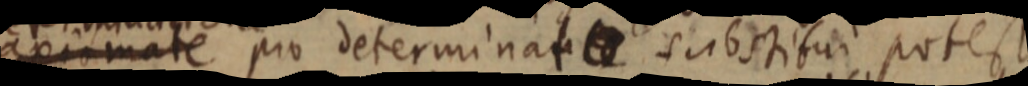
axiomate pro determinante substitui potest